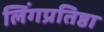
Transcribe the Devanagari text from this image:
लिंगप्रतिष्ठा